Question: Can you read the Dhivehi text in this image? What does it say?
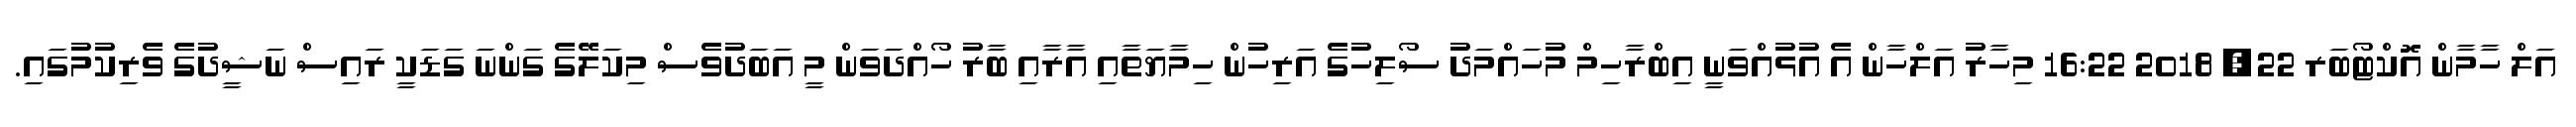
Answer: އަލް ހާމާން އޮކްޓޯބަރ 22, 2018 16:22 މިހާރު އަލްހާން އެ އުޅުއްވަނީ އިބްރާހިމް މުހައްމަދު ސޯލިހުގެ އަރިހުން ހިމާޔަތާއި އާރާއި ބާރު ހޯއްދަވަން މީ އަބަދުވެސް މިކަލޭގެ ގަންނަ ގަޑަކީ ރައިސް ނަޝީދުގެ ވެރިކަުމުގައި.